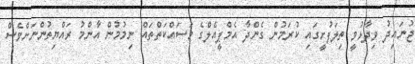
ޖުނައިދު ވިދާޅުވީ ތިލަފުށީގައި ކުރަމުން ގެންދާ އެމްޕީއެލްގެ މަސައްކަތްތައް ނިމުމުން އާންމު ރައްޔިތުންނަށްވެސް